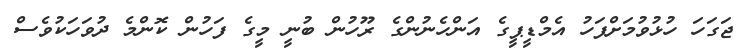
ޖަގަހަ ހުޅުވުމަށްފަހު އެމްޑީޕީގެ އަންހެނުންގެ ރޫހުން ބުނީ މީގެ ފަހުން ކޮންމެ ދުވަހަކުވެސް